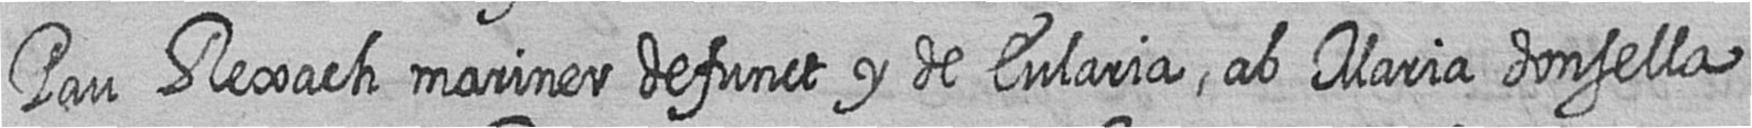
Pau Rexach mariner defunct y de Eularia ab Maria donsella